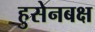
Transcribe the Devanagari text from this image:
हुसेनबक्ष